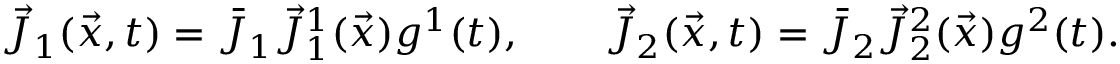
\vec { J } _ { 1 } ( \vec { x } , t ) = \bar { J } _ { 1 } \vec { J } _ { 1 } ^ { 1 } ( \vec { x } ) g ^ { 1 } ( t ) , \qquad \vec { J } _ { 2 } ( \vec { x } , t ) = \bar { J } _ { 2 } \vec { J } _ { 2 } ^ { 2 } ( \vec { x } ) g ^ { 2 } ( t ) .